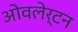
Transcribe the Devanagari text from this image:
ओवलेर्टन